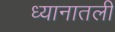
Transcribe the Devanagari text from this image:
ध्यानातली